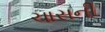
ચાસની